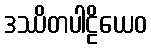
ဒဿိတပါဠိယေဝ